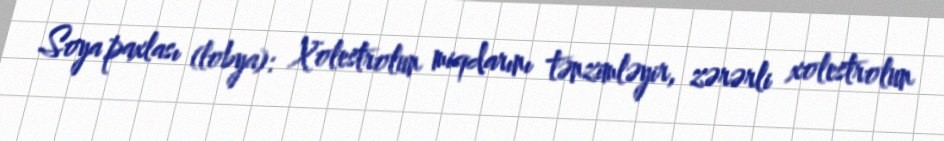
Soya paxlası (lobya): Xolestrolun miqdarını tənzimləyir, zərərli xolestrolun